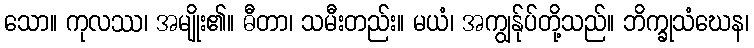
သော။ ကုလဿ၊ အမျိုး၏။ ဓီတာ၊ သမီးတည်း။ မယံ၊ အကျွန်ုပ်တို့သည်။ ဘိက္ခုသံဃေန၊